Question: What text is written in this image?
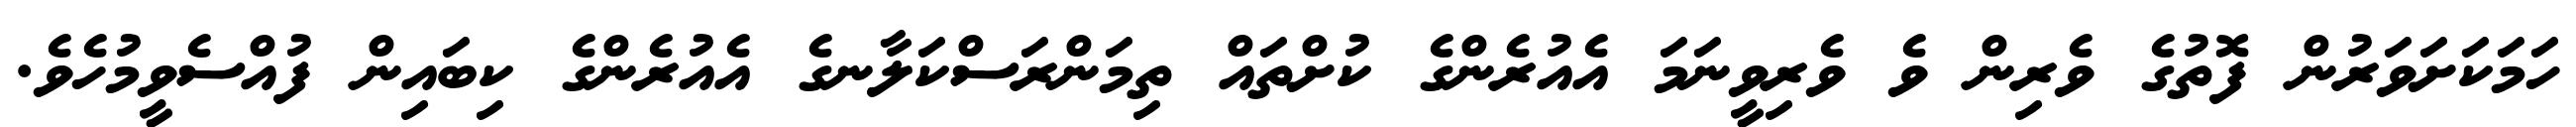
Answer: ހަމަކަށަވަރުން ފޮތުގެ ވެރިން ވެ ވެރިވީނަމަ އެއުރެންގެ ކުށްތައް ތިމަންރަސްކަލާނގެ އެއުރެންގެ ކިބައިން ފުއްސެވީމުހެވެ.